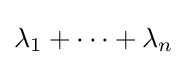
\lambda _{1}+\cdots +\lambda _{n}